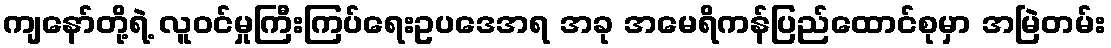
ကျနော်တို့ရဲ့ လူဝင်မှုကြီးကြပ်ရေးဥပဒေအရ အခု အမေရိကန်ပြည်ထောင်စုမှာ အမြဲတမ်း